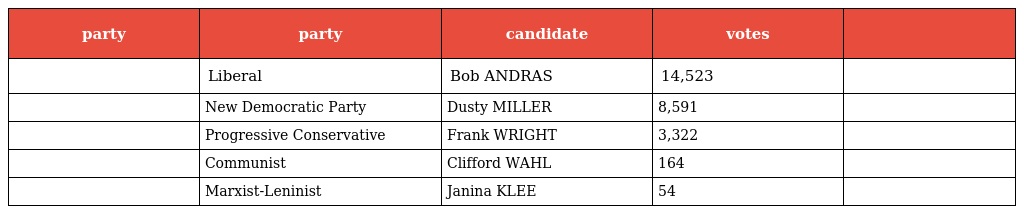
| party | party | candidate | votes |  |
 | --- | --- | --- | --- | --- |
 |  | Liberal | Bob ANDRAS | 14,523 |  |
 |  | New Democratic Party | Dusty MILLER | 8,591 |  |
 |  | Progressive Conservative | Frank WRIGHT | 3,322 |  |
 |  | Communist | Clifford WAHL | 164 |  |
 |  | Marxist-Leninist | Janina KLEE | 54 |  |